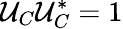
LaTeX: \mathcal{U}_{C}\mathcal{U}_{C}^{*}=1